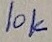
Text: 10K